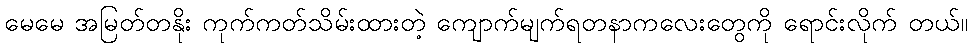
မေမေ အမြတ်တနိုး ကုက်ကတ်သိမ်းထားတဲ့ ကျောက်မျက်ရတနာကလေးတွေကို ရောင်းလိုက် တယ်။